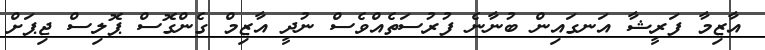
އާޒިމާ ފަރީޝާ އަނގައިން ބުނާނެ ފުރުސަތެއްވެސް ނުދީ އާޒިމް ގެންގޮސް ޕޮލިސް ޖިޕަށް